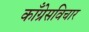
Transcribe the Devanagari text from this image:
काँग्रेसविचार